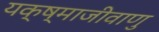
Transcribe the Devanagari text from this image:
यक्ष्माजीवाणु